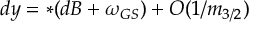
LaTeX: d y = * ( d B + \omega _ { G S } ) + O ( 1 / m _ { 3 / 2 } )